Vaccination North-Western Provinces and Oudh 1896-1901 - 1896-1901
Year: 1896
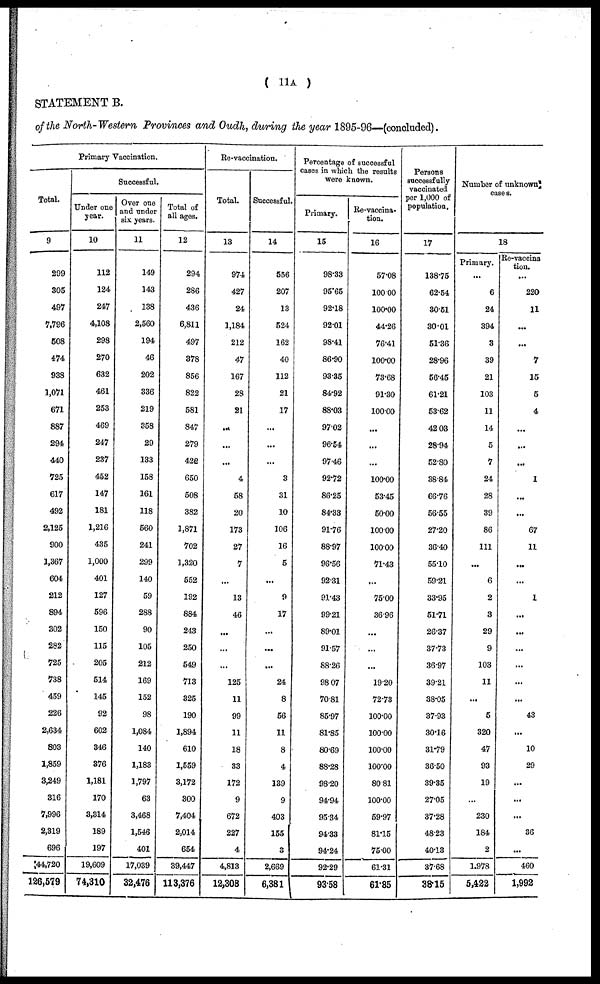
( 11A )
STATEMENT B.
of the North-Western Provinces and Oudh, during the year 1895-96—(concluded).
Primary Vaccination.
Total.
9
299
305
497
7,796
508
474
938
1,071
671
887
294
440
725
617
492
2,125
900
1,367
604
212
894
302
282
725
738
459
226
2,634
803
1,859
3,249
316
7,996
2,319
696
44,720
126,579
Successful.
Under one
year.
10
112
124
247
4,108
298
270
632
461
253
469
247
237
452
147
181
1,216
435
1,000
401
127
596
150
115
205
514
145
92
602
346
876
1,181
170
3,314
189
197
19,609
74,310
Over one
and under
six years.
11
149
143
138
2,560
194
46
202
336
219
358
29
133
158
161
118
560
241
299
140
59
288
90
105
212
169
152
98
1,084
140
1,183
1,797
63
3,468
1,546
401
17,039
32,476
Total of
all ages.
12
294
286
436
6,811
497
378
856
822
581
847
279
422
650
508
382
1,871
702
1,320
552
192
884
243
250
549
713
325
190
1,894
610
1,559
3,172
300
7,404
2,014
654
39,447
113,376
Re-vaccination.
Total.
13
974
427
24
1,184
212
47
167
28
21
...
...
...
4
58
20
173
27
7
...
13
46
...
...
...
125
11
99
11
18
33
172
9
672
227
4
4,813
12,308
Successful.
14
556
207
13
524
162
40
112
21
17
...
...
...
3
31
10
106
16
5
...
9
17
...
...
...
24
8
56
11
8
4
139
9
403
155
3
2,669
6,381
Percentage of successful
cases in which the results
were known.
Primary.
15
98.33
95.65
92.18
92.01
98.41
86.90
93.35
84.92
88.03
97.02
96.54
97.46
92.72
86.25
84.33
91.76
88.97
96.56
92.31
91.43
99.21
89.01
91.57
88.26
98.07
70.81
85.97
81.85
80.69
88.28
98.20
94.94
95.34
94.33
94.24
92.29
93.58
Re-vaccina-
tion.
16
57.08
100.00
100.00
44.26
76.41
100.00
73.68
91.30
100.00
...
...
...
100.00
53.45
50.00
100.00
100.00
71.43
...
75.00
36.96
...
...
...
19.20
72.73
100.00
100.00
100.00
100.00
80.81
100.00
59.97
81.15
75.00
61.31
61.85
Persons
successfully
vaccinated
per 1,000 of
population.
17
138.75
62.54
30.51
30.01
51.36
28.96
56.45
61.21
53.62
42.03
28.94
52.80
36.84
66.76
56.55
27.20
36.40
55.10
59.21
33.95
51.71
26.37
37.73
36.97
39.21
38.05
37.93
30.16
31.79
36.50
39.35
27.05
37.28
48.23
40.13
37.68
38.15
Number of unknown
cases.
18
Primary.
...
6
24
394
3
39
21
103
11
14
5
7
24
28
39
86
111
...
6
2
3
29
9
103
11
...
5
320
47
93
19
...
230
184
2
1,978
5,422
Re-vaccina
tion.
...
220
11
...
...
7
15
5
4
...
...
...
1
...
...
67
11
...
...
1
...
...
...
...
...
...
43
...
10
29
...
...
...
36
...
460
1,992